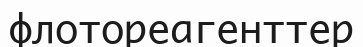
флотореагенттер